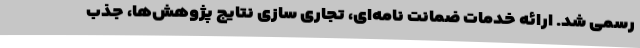
رسمی شد. ارائه خدمات ضمانت نامه‌ای، تجاری سازی نتایج پژوهش‌ها، جذب